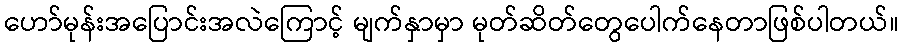
ဟော်မုန်းအပြောင်းအလဲကြောင့် မျက်နှာမှာ မုတ်ဆိတ်တွေပေါက်နေတာဖြစ်ပါတယ်။